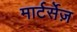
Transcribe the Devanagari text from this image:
मार्टर्सेज़